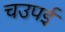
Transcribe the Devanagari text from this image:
चउपई